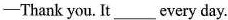
-Thank you. It___every day.